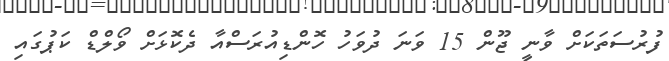
ފުރުސަތަކަށް ވާނީ ޖޫން 15 ވަނަ ދުވަހު ހޮންޑިއުރަސްއާ ދެކޮޅަށް ވޯލްޑް ކަޕުގައި